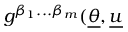
g ^ { \beta _ { 1 } . . . \beta _ { m } } ( \underline { { { \theta } } } , \underline { { { u } } }